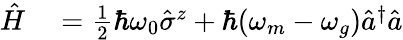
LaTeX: \begin{array}{rl}{\hat{H}}&{{}=\frac{1}{2}\hbar\omega_{0}\hat{\sigma}^{z}+\hbar(\omega_{m}-\omega_{g})\hat{a}^{\dagger}\hat{a}}\end{array}